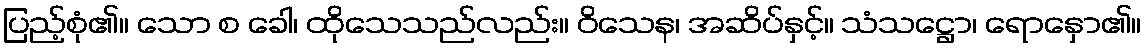
ပြည့်စုံ၏။ သော စ ခေါ၊ ထိုသေသည်လည်း။ ဝိသေန၊ အဆိပ်နှင့်။ သံသဋ္ဌော၊ ရောနှော၏။